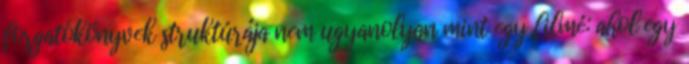
forgatókönyvek struktúrája nem ugyanolyan mint egy filmé: ahol egy